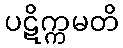
ပဋိက္ကမတိ